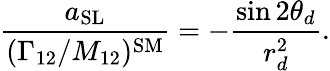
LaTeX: \frac{a_{\mathrm{SL}}}{(\Gamma_{12}/M_{12})^{\mathrm{SM}}}=-\frac{\sin 2\theta_{d}}{r_{d}^{2}}.